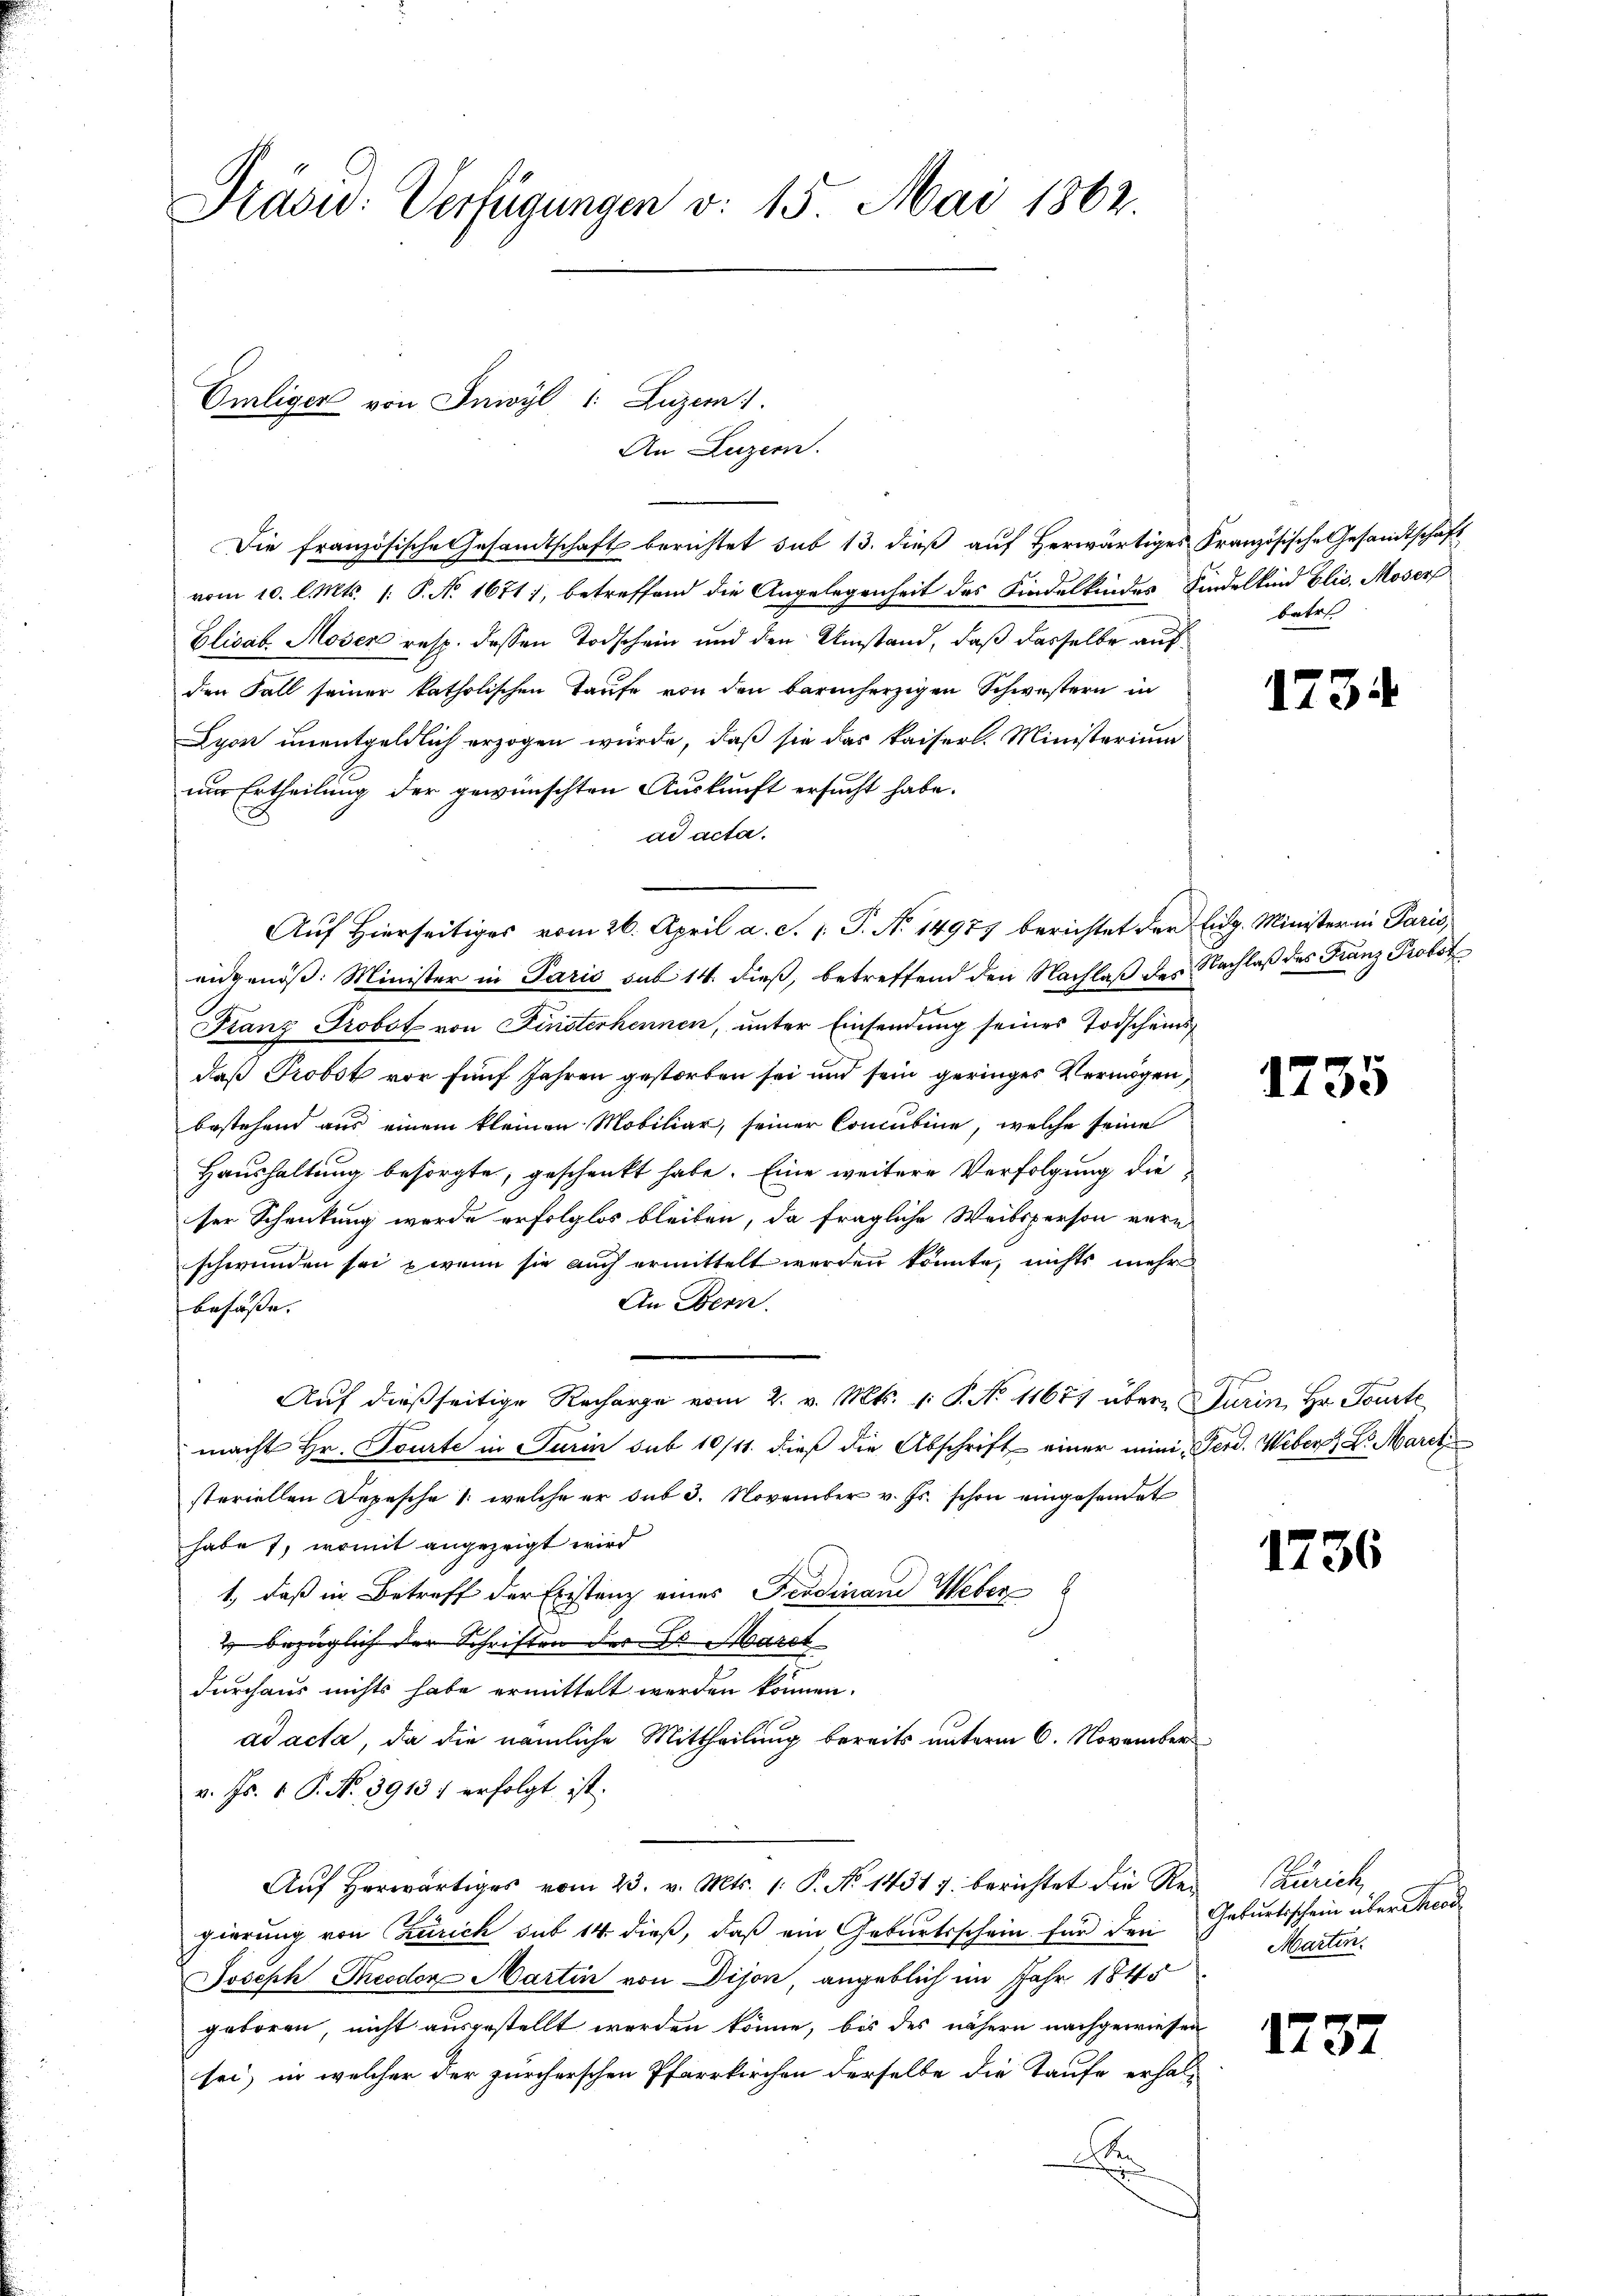
Präsid. Verfügungen v. 15. Mai 1862.

Omliger von Inwyl 1: Luzern 1

An Luzern.

Die französische Gesandtschaft berichtet sub 13. dieß auf herwärtiges Französische Gesandtschaft
vom 10. l. Mts. 1. P. No. 1671), betreffend die Angelegenheit des Kindelkindes Kindelkind Elis. Moser
Elisab. Moser resp. dessen Todschein und den Umstand, daß dasselbe aufden Fall seiner katholischen Taufe von den barmherzigen Schwestern in
Lyon unentgeldlich erzogen würde, daß sie das kaiserl. Ministerium
nur Ertheilung der gewünschten Auskunft ersucht habe.
ad acta.
Auf Hierseitiges vom 26. April a. c. 1. P. No 14977 berichtet der Eidg. Minister in Paris,
eidgenöß. Minister in Paris sub 14. dieß, betreffend den Nachlaß des Nachlaß des Franz Probot
Franz Probst von Finsterkennen, unter Einsendung seines Todscheinsdaß Probst vor fünf Jahren gestorben sei und sein geringer Vermögen,
bestehend aus einem kleinen Mobiliar, seiner Concubine, welche seine
Haushaltung besorgte, geschenkt habe. Eine weitere Verfolgung die
ser Schenkung werde erfolglos bleiben, da fragliche Weibsperson vern
schwunden sei, wenn sie auch ermittelt werden könnte, nichts mehr
An Bern.
besasse.
Auf dießseitige Recharge vom 2. v. Mts. v. P. No 11677 übere Turin, Hr. Tourte
macht Hr. Tourte in Turin sub 10/11. dieß die Abschrift einer mini, Ferd. Weber, Dr. Mart
steriellen Depesche 1. welche er sub 3. November v. Js. schon eingesendet
habe 1, womit angezeigt wird
1., daß in Betreff der Existanz eines Ferdinand Weber
2 bezüglich der Schriften der B. Maret
durchaus nichts habe ermittelt werden können.
ad acta, da die nämliche Mittheilung bereits unterm 6. November
v. Js. 1 P. N. 3915) erfolgt ist.
Aŭf herwärtiges vom 23. v. Mts. 1. P. No 14317. berichtet die Rei Zürich
gierung von Zürich sub 14. dieß, daß ein Geburtsschein für den
Joseph Theodor Martin von Dijon, angeblich im Jahr 1845
geboren, nicht ausgestellt werden könne, bis des nähern nachgewiesen
sei, in welcher der zürcherschen Pfarrkirchen derselbe die Taufe erhal-
A

batr

1734

1735

1736

Geburtsschein über Theod.
Marten:

1737